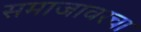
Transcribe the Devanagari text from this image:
समाजावरचा